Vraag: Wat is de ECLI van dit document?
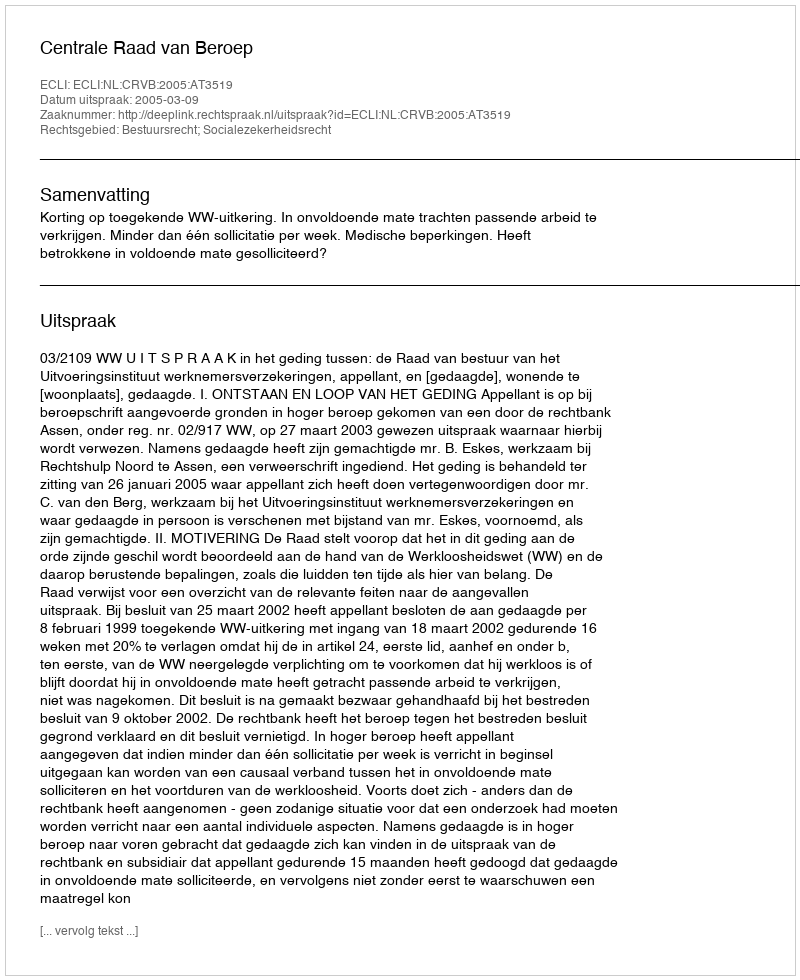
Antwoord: ECLI:NL:CRVB:2005:AT3519